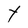
Character: Y